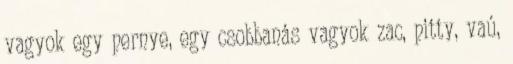
vagyok egy pernye, egy csobbanás vagyok zac, pitty, vaú,